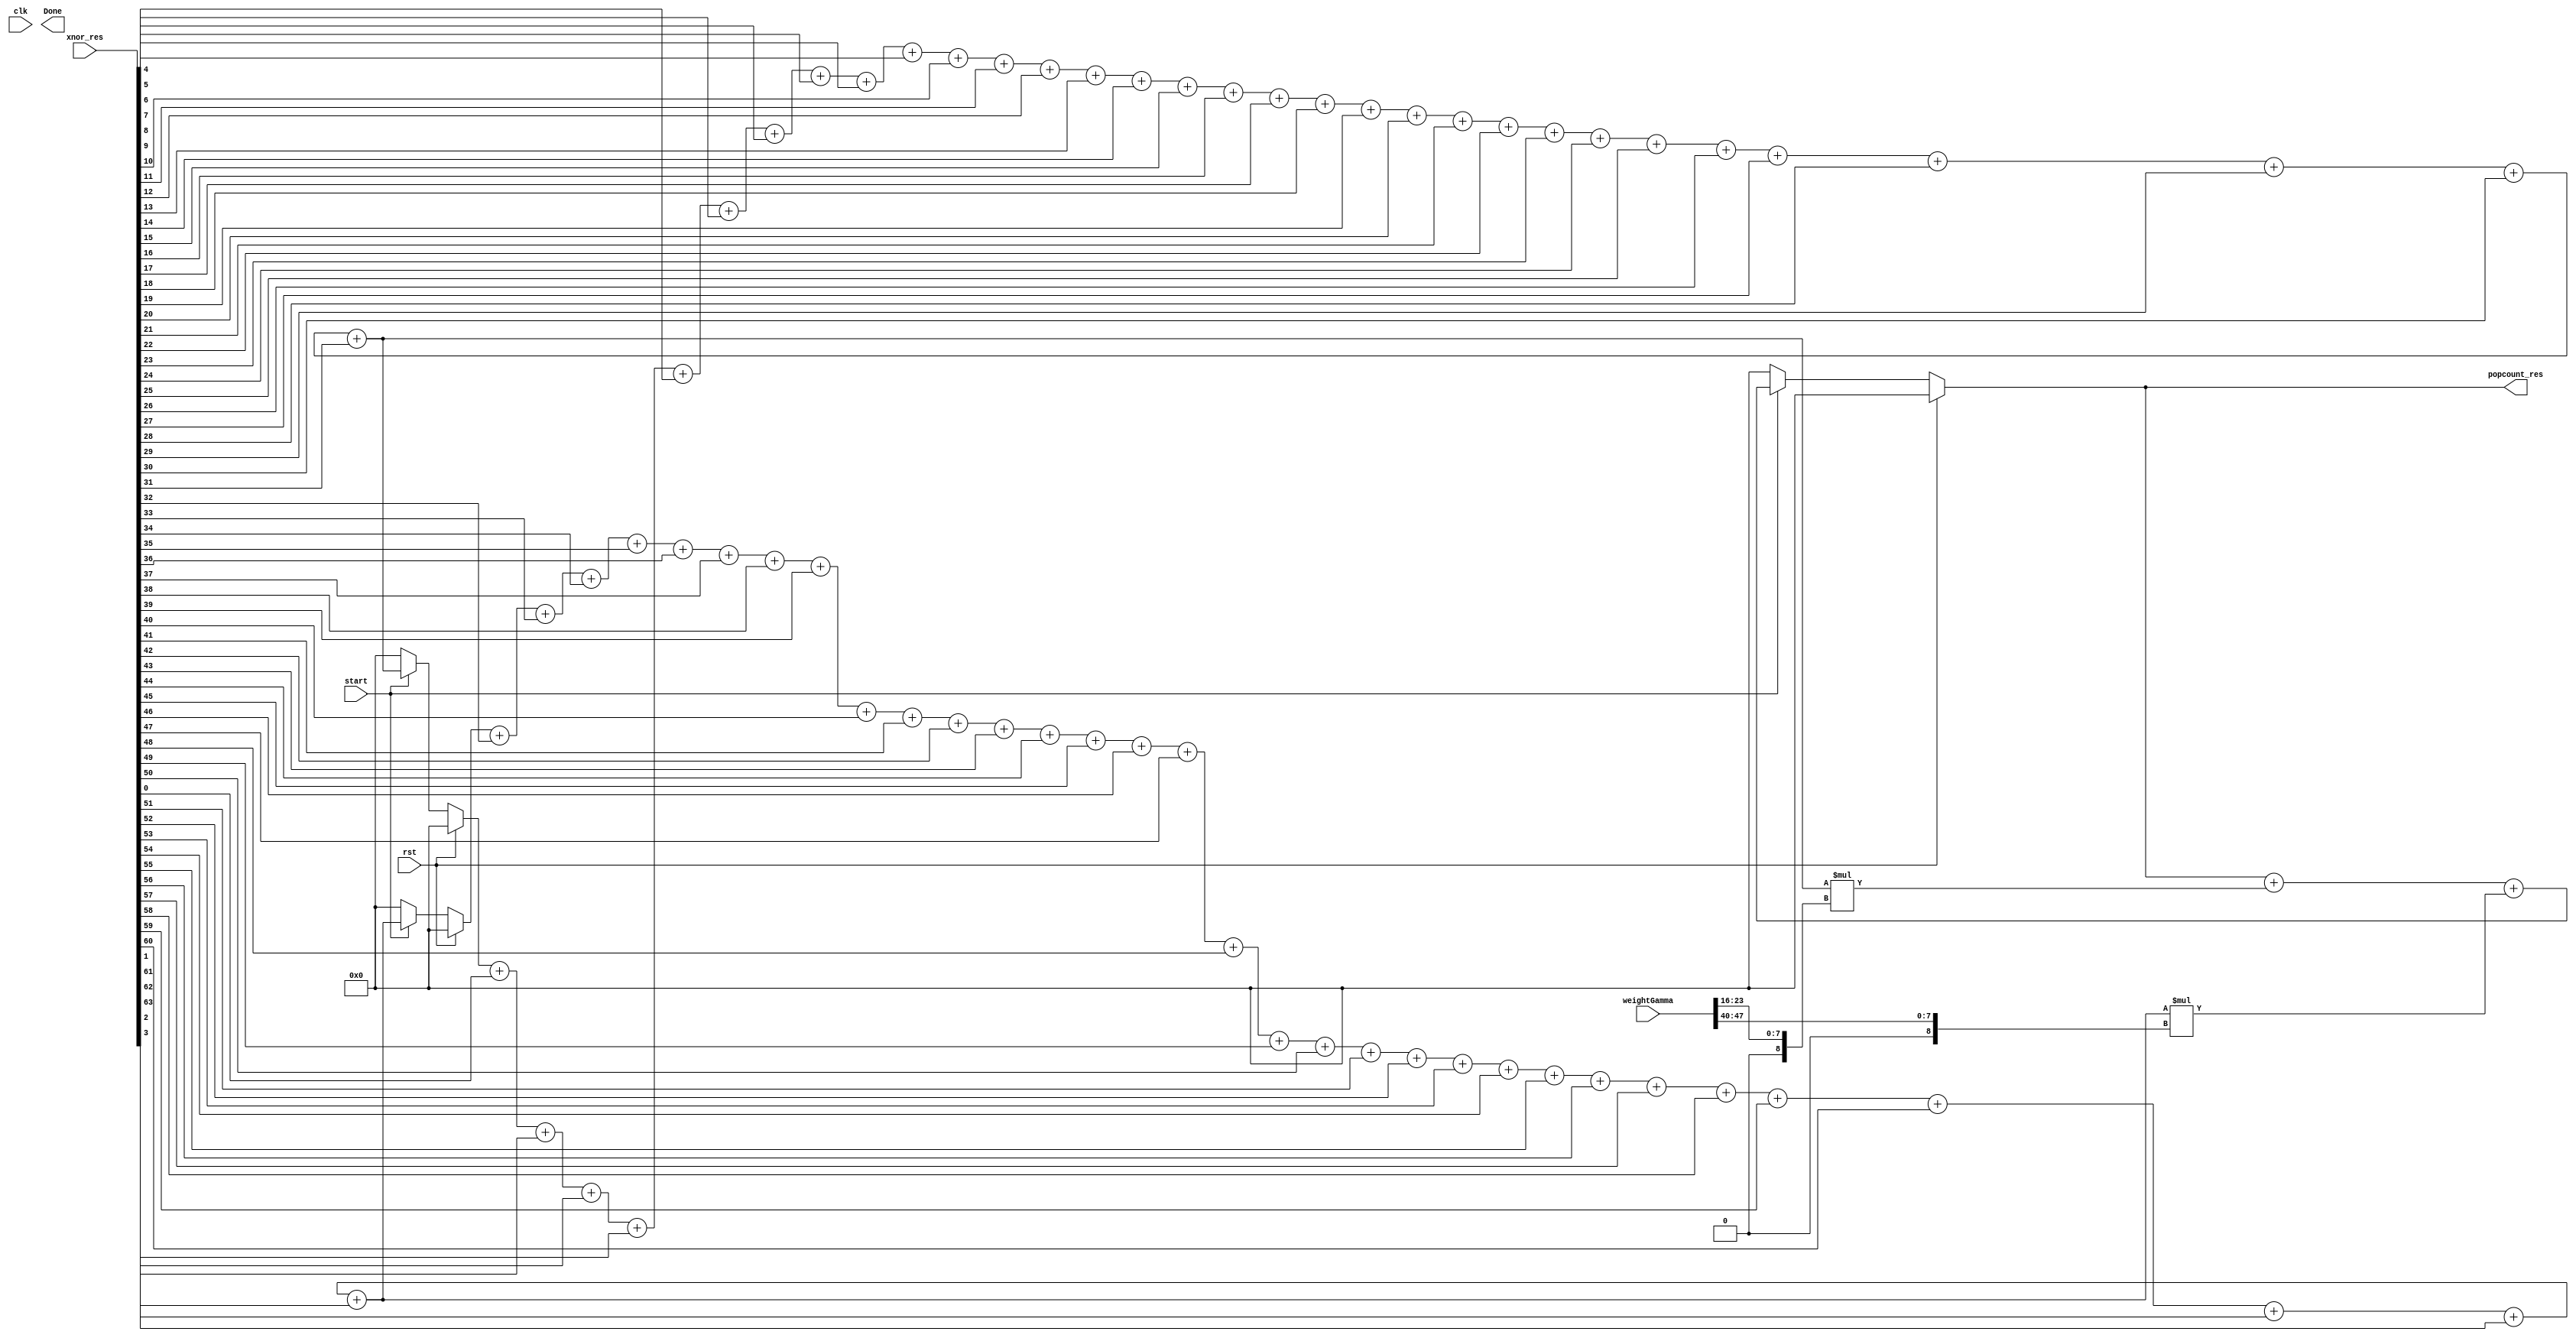

module PopCount
#(parameter 
weight_levels = 2,
simd_width = 32,
popcount_width = 16,
Twidth = 24,
fixed_point = 8
)
(
	input clk,
	input rst,
	input start,
	input [(weight_levels*simd_width)-1:0] xnor_res,
	input signed [(Twidth*weight_levels)-1:0] weightGamma,
	output signed [popcount_width-1:0] popcount_res,
	output Done
);

reg signed [popcount_width-1:0] res [weight_levels-1:0];
reg signed [popcount_width-1:0] bet [weight_levels-1:0];
reg signed [Twidth-1:0] weis [weight_levels-1:0];
reg signed [popcount_width-1:0] afterGamma; 
integer i,j,init;


always @(*)

	begin
		if(rst) begin
					
			afterGamma = 0;
			for (init=0; init<weight_levels; init=init+1) begin
				res[init] = 0;
				weis[init] = 0;
				bet[init] = 0;
			end
		end
		
		else begin
		
			if(start) begin
			
				for (j=0; j<weight_levels; j=j+1) begin : first
					for (i=0; i<simd_width; i=i+1) begin : second
						
						res[j] = res[j] + xnor_res[(j*simd_width)+i];
				end
				
				//res[j] = (2*res[j]) - simd_width;
				weis[j] = weightGamma[j*Twidth +: Twidth] >>> ((Twidth-popcount_width)+fixed_point);
				bet[j] = res[j] * weis[j]; 
				afterGamma = afterGamma + bet[j]; 
		
				end
			end
			
			else begin
				afterGamma = 0;
				for (init=0; init<weight_levels; init=init+1) begin
					res[init] = 0;
					weis[init] = 0;
					bet[init] = 0;
				end
			end
		end
	end 
	
	assign popcount_res = afterGamma;

endmodule